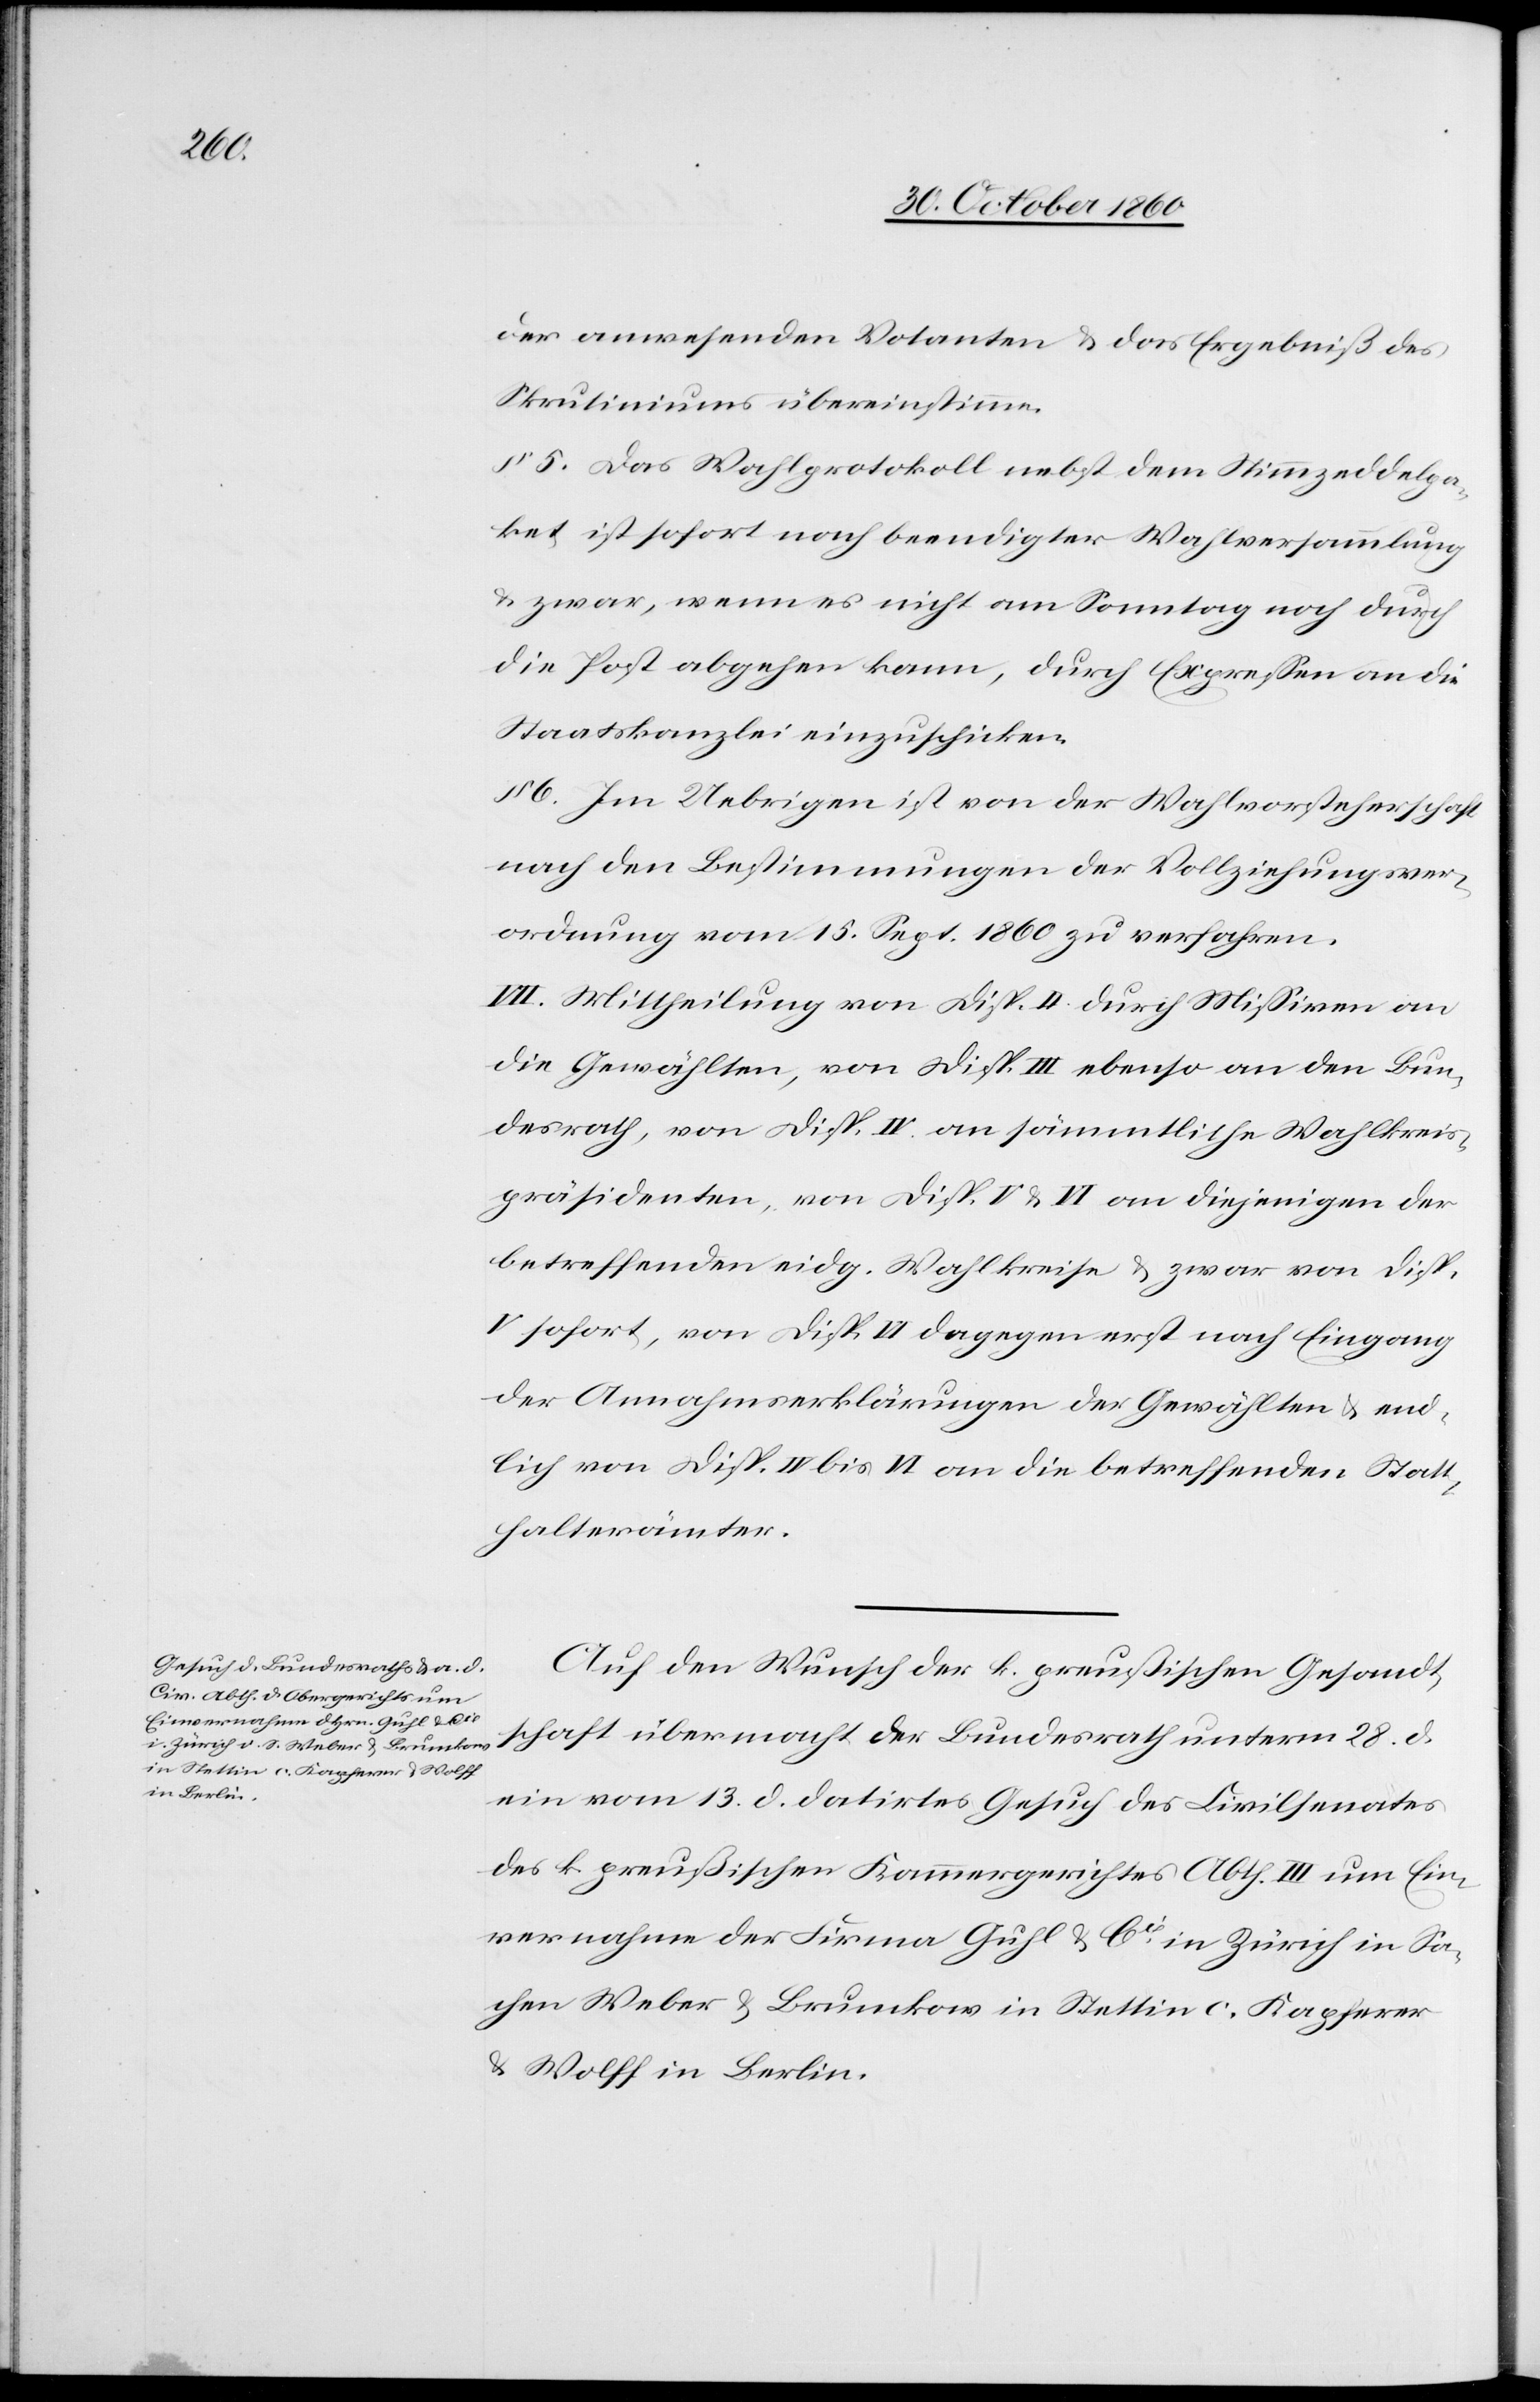
der anwesenden Votanten u. das Ergebniß des
Skrutiniums übereinstimme.
§ 5. Das Wahlprotokoll nebst dem Stimmzeddelpa¬
ket ist sofort nach beendigter Wahlversammlung
u. zwar, wenn es nicht am Sonntag noch durch
die Post abgehen kann, durch Expressen an die
Staatskanzlei einzuschicken.
6. Im Uebrigen ist von der Wahlvorsteherschaft
nach den Bestimmungen der Vollziehungsver¬
ordnung vom 15. Sept. 1860 zu verfahren.
VII. Mittheilung von Disp. II durch Missiven an
die Gewählten, von Disp. III ebenso an den Bun¬
desrath, von Disp. IV an sämmtliche Wahlkreis¬
präsidenten, von Disp. V u. VI an diejenigen der
betreffenden eidg. Wahlkreise u. zwar von Disp.
V sofort, von Disp. VI dagegen erst nach Eingang
der Annahmserklärungen der Gewählten u. end¬
lich von Disp. IV bis VI an die betreffenden Statt¬
halterämter.
Auf den Wunsch der k. preußischen Gesandt¬
schaft übermacht der Bundesrath unterm 28. d.
ein vom 13. d. datirtes Gesuch des Civilsenates
des k. preußischen Kammergerichtes Abth. III um Ein¬
vernahme der Firma Guhl & Cie in Zürich in Sa¬
chen Weber u. Brunkow in Stettin c. Kapferer
u. Wolff in Berlin.